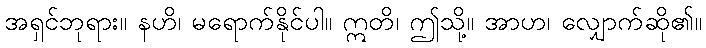
အရှင်ဘုရား။ နဟိ၊ မရောက်နိုင်ပါ။ ဣတိ၊ ဤသို့။ အာဟ၊ လျှောက်ဆို၏။